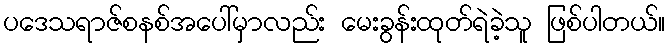
ပဒေသရာဇ်စနစ်အပေါ်မှာလည်း မေးခွန်းထုတ်ရဲခဲ့သူ ဖြစ်ပါတယ်။